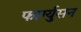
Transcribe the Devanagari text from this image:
फार्ग्युसन